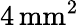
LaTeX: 4\, \mathrm{mm}^{2}